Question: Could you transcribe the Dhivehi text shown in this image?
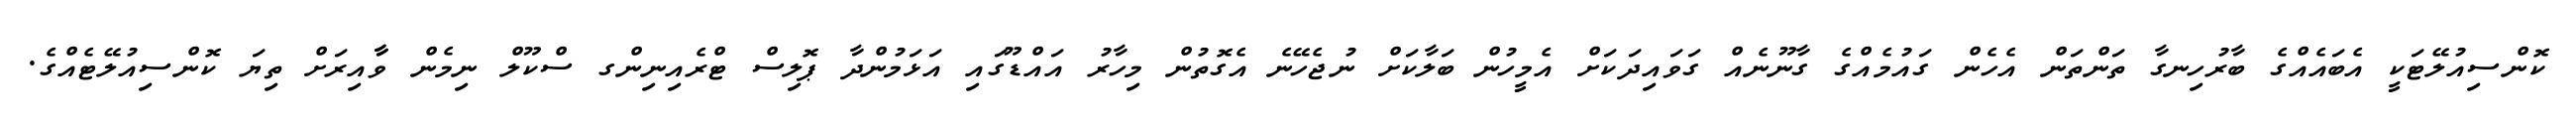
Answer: ކޮންސިއުލޭޓަކީ އެބައެއްގެ ބާރުހިނގާ ތަންތަން އެހެން ގައުމެއްގެ ގާނޫނެއް ގަވައިދަކަށް އެމީހުން ބަލާކަށް ނުޖެހޭނެ އެގޮތުން މިހާރު އައްޑޫގައި އަޅަމުންދާ ޕޮލިސް ޓްރެއިނިންގ ސްކޫލް ނިމެން ވާާއިރަށް ތިޔަ ކޮންސިއުލޭޓެއްގެ.